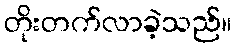
တိုးတက်လာခဲ့သည်။